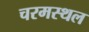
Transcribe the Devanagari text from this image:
चरमस्थल